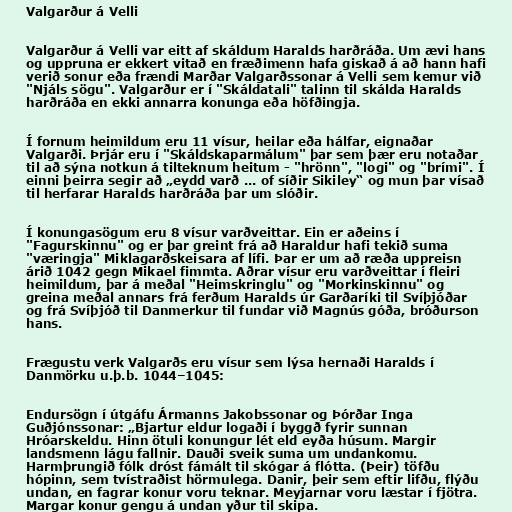
Valgarður á Velli

Valgarður á Velli var eitt af skáldum Haralds harðráða. Um ævi hans
og uppruna er ekkert vitað en fræðimenn hafa giskað á að hann hafi
verið sonur eða frændi Marðar Valgarðssonar á Velli sem kemur við
"Njáls sögu". Valgarður er í "Skáldatali" talinn til skálda Haralds
harðráða en ekki annarra konunga eða höfðingja.

Í fornum heimildum eru 11 vísur, heilar eða hálfar, eignaðar
Valgarði. Þrjár eru í "Skáldskaparmálum" þar sem þær eru notaðar
til að sýna notkun á tilteknum heitum - "hrönn", "logi" og "brími". Í
einni þeirra segir að „eydd varð ... of síðir Sikiley“ og mun þar vísað
til herfarar Haralds harðráða þar um slóðir.

Í konungasögum eru 8 vísur varðveittar. Ein er aðeins í
"Fagurskinnu" og er þar greint frá að Haraldur hafi tekið suma
"væringja" Miklagarðskeisara af lífi. Þar er um að ræða uppreisn
árið 1042 gegn Mikael fimmta. Aðrar vísur eru varðveittar í fleiri
heimildum, þar á meðal "Heimskringlu" og "Morkinskinnu" og
greina meðal annars frá ferðum Haralds úr Garðaríki til Svíþjóðar
og frá Svíþjóð til Danmerkur til fundar við Magnús góða, bróðurson
hans.

Frægustu verk Valgarðs eru vísur sem lýsa hernaði Haralds í
Danmörku u.þ.b. 1044–1045:

Endursögn í útgáfu Ármanns Jakobssonar og Þórðar Inga
Guðjónssonar: „Bjartur eldur logaði í byggð fyrir sunnan
Hróarskeldu. Hinn ötuli konungur lét eld eyða húsum. Margir
landsmenn lágu fallnir. Dauði sveik suma um undankomu.
Harmþrungið fólk dróst fámált til skógar á flótta. (Þeir) töfðu
hópinn, sem tvístraðist hörmulega. Danir, þeir sem eftir lifðu, flýðu
undan, en fagrar konur voru teknar. Meyjarnar voru læstar í fjötra.
Margar konur gengu á undan yður til skipa.